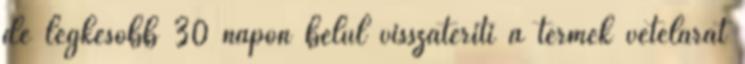
de legkésőbb 30 napon belül visszatéríti a termék vételárát